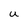
Character: U